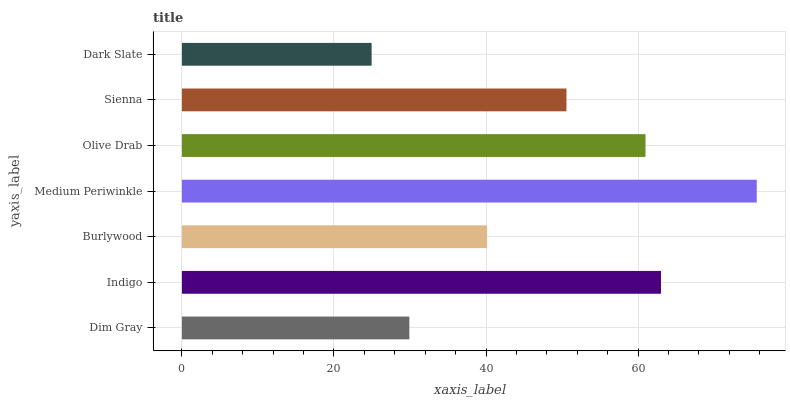
| yaxis_label | bars |
 | --- | --- |
 | Dim Gray | 29.9 |
 | Indigo | 63 |
 | Burlywood | 40.1 |
 | Medium Periwinkle | 75.6 |
 | Olive Drab | 61 |
 | Sienna | 50.6 |
 | Dark Slate | 25 |